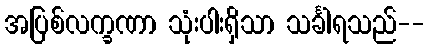
အပြစ်လက္ခဏာ သုံးပါးရှိသာ သင်္ခါရသည်--